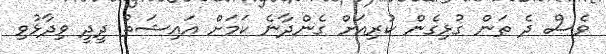
ވެސް ދެ ތަން ގުޅިގެން ކުރިއަށް ގެންދާނެ ކަމަށް އައިޝަތު ދީދީ ވިދާޅުވި